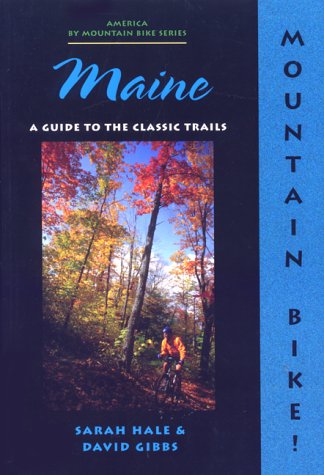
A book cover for Mountain Bike! Maine; Sarah Hale; Travel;